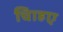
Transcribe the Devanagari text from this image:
चािहए